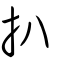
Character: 扒